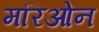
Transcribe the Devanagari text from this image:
मरिओन